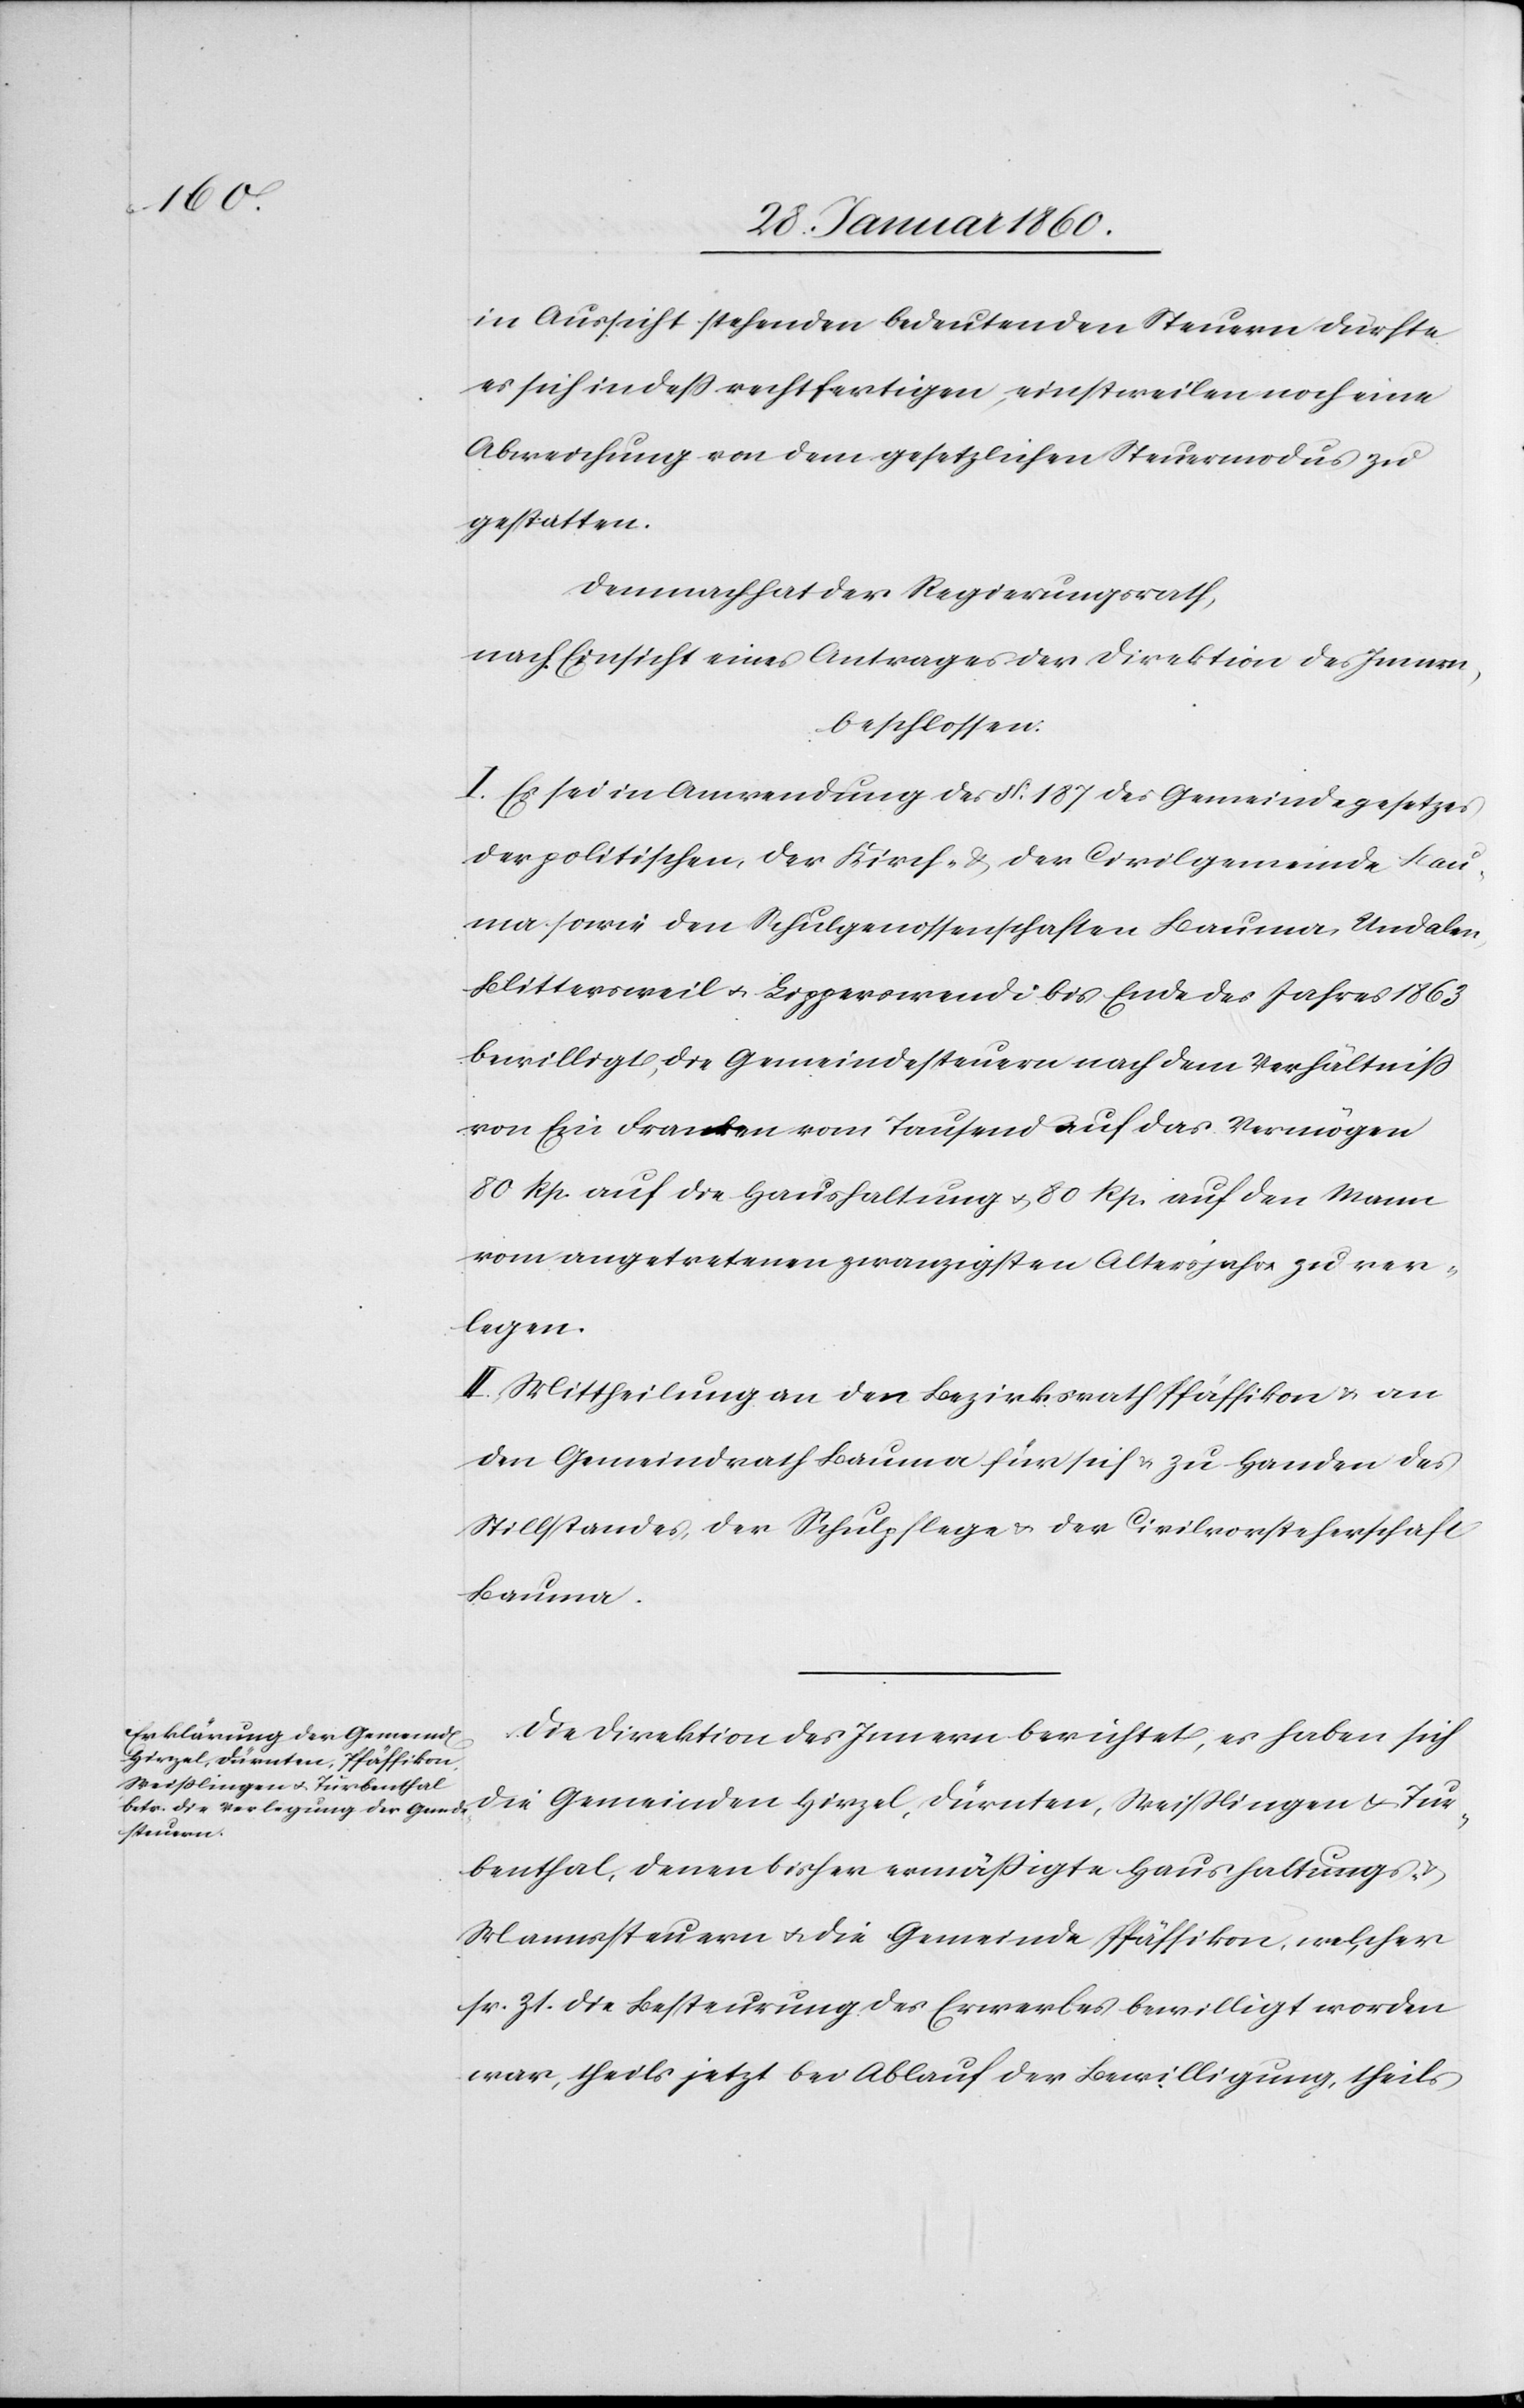
in Aussicht stehenden bedeutenden Steuern dürfte
es sich indessen rechtfertigen, einstweilen noch eine
Abweichung von dem gesetzlichen Steuermodus zu
gestatten.
Demnach hat der Regierungsrath,
nach Einsicht eines Antrages der Direktion des Innern,
beschlossen:
I. Es sei in Anwendung des §. 187. des Gemeindegesetzes
der politischen, der Kirch- u. der Civilgemeinde Bau¬
ma sowie den Schulgenossenschaften Bauma, Undalen,
Blittersweil u. Lipperswendi bis Ende des Jahres 1863.
bewilligt, die Gemeindesteuern nach dem Verhältniss
von Ein Franken vom Tausend auf das Vermögen
80 Rp. auf die Haushaltung u. 80. Rp. auf den Mann
vom angetretenen zwanzigsten Altersjahr zu ver¬
legen.
II. Mittheilung an den Bezirksrath Pfäffikon u. an
den Gemeindrath Bauma für sich u. zu Handen des
Stillstandes, der Schulpflege u. der Civilvorsteherschaft
Bauma.
Die Direktion des Innern berichtet, es haben sich
Weisslingen u. Turbenthal,
Mannssteuern u. die Gemeinde Pfäffikon, welcher
sr. Zt. die Besteurung des Erwerbes bewilligt worden
war, theils jetzt bei Ablauf der Bewilligung, theils